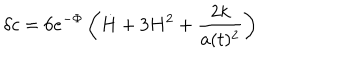
\delta c = 6 e ^ { - \Phi } \left( { \dot { H } } + 3 H ^ { 2 } + \frac { 2 k } { a ( t ) ^ { 2 } } \right)